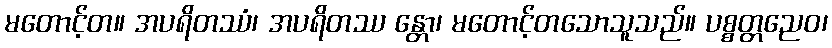
မတောင့်တ။ အပရိတဿံ၊ အပရိတဿ န္တော၊ မတောင့်တသောသူသည်။ ပစ္စတ္တညေဝ၊